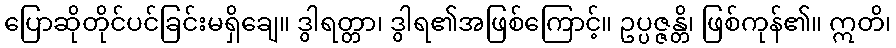
ပြောဆိုတိုင်ပင်ခြင်းမရှိချေ။ ဒွါရတ္တာ၊ ဒွါရ၏အဖြစ်ကြောင့်။ ဥပ္ပဇ္ဇန္တိ၊ ဖြစ်ကုန်၏။ ဣတိ၊